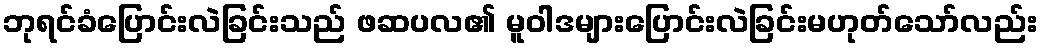
ဘုရင်ခံပြောင်းလဲခြင်းသည် ဖဆပလ၏ မူဝါဒများပြောင်းလဲခြင်းမဟုတ်သော်လည်း